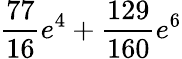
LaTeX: \frac{77}{16}e^{4}+\frac{129}{160}e^{6}